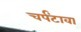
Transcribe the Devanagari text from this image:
चर्पंटावा